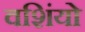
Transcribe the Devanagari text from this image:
वशिंयो